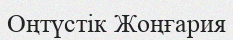
Оңтүстік Жоңғария